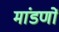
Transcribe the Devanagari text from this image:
मांडणों